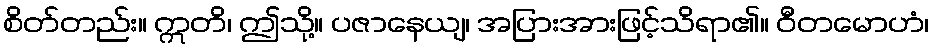
စိတ်တည်း။ ဣတိ၊ ဤသို့။ ပဇာနေယျ၊ အပြားအားဖြင့်သိရာ၏။ ဝီတမောဟံ၊